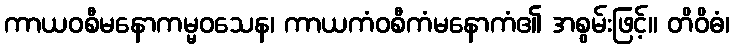
ကာယဝစီမနောကမ္မဝသေန၊ ကာယကံဝစီကံမနောကံ၏ အစွမ်းဖြင့်။ တိဝိဓံ၊